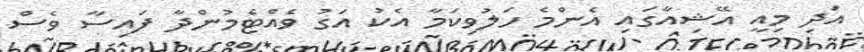
އަދި މިއީ އޭޝިއާގައި އެންމެ ހަލުވިކަމާ އެކު އަގު ވެއްޓެމުންދާ ފައިސާ ވެސް